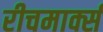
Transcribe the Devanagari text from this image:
रीचमार्क्स